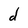
Character: d